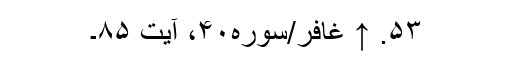
۵۳. ↑ غافر/سوره۴۰، آیت ۸۵۔